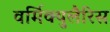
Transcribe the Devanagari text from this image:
वर्मिक्युलैरिस